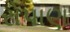
રોપાણ